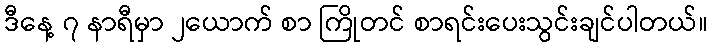
ဒီနေ့ ၇ နာရီမှာ ၂ယောက် စာ ကြိုတင် စာရင်းပေးသွင်းချင်ပါတယ်။